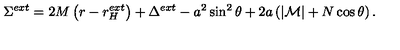
\Sigma ^ { e x t } = 2 M \left( r - r _ { H } ^ { e x t } \right) + \Delta ^ { e x t } - a ^ { 2 } \sin ^ { 2 } \theta + 2 a \left( | { \cal M } | + N \cos \theta \right) .